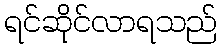
ရင်ဆိုင်လာရသည်